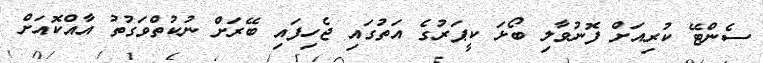
ސެންޓޭ ކުރިއަށް ފޮނުވާލި ބޯޅަ ކީޕަރުގެ އަތުގައި ޖެހިފައި ބޭރަށް ނުކުތްވަގުތު އާއްކޮއަށް